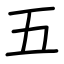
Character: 五